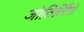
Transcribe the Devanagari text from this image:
जोतिर्लिंगों